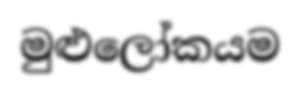
මුළුලෝකයම